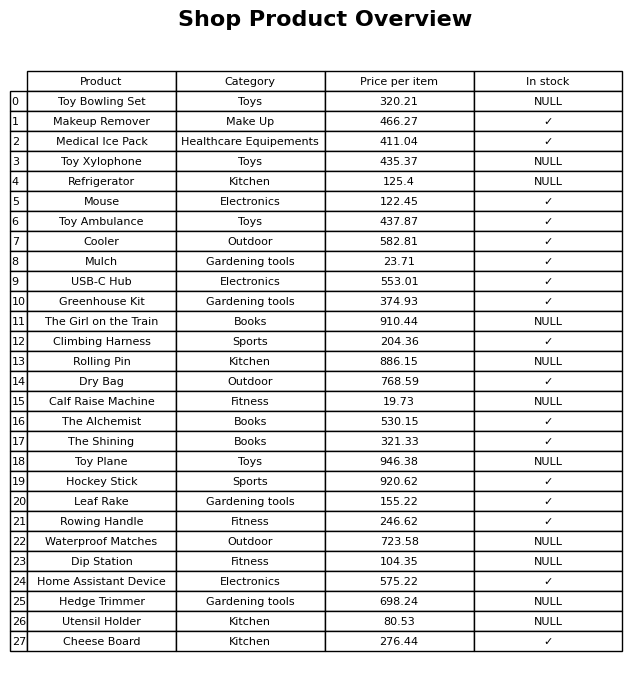
question: Which products are available in stock?
answer: Makeup Remover, Medical Ice Pack, Mouse, Toy Ambulance, Cooler, Mulch, USB-C Hub, Greenhouse Kit, Climbing Harness, Dry Bag, The Alchemist, The Shining, Hockey Stick, Leaf Rake, Rowing Handle, Home Assistant Device, Cheese Board